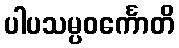
ပါပသမ္ပဝင်္ကောတိ